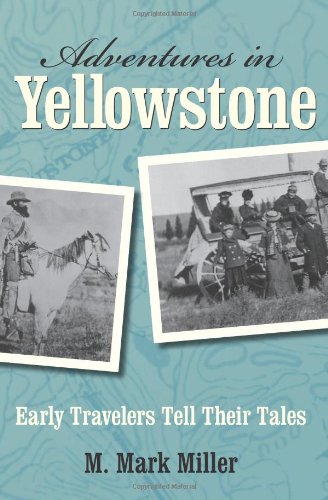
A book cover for Adventures in Yellowstone: Early Travelers Tell Their Tales; M. Mark Miller; Travel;